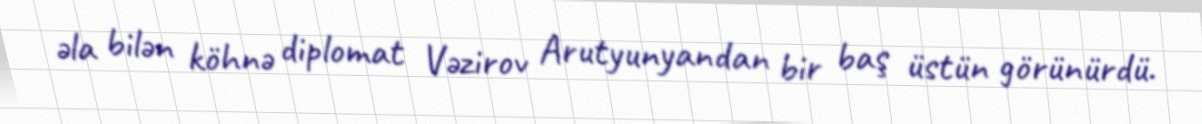
əla bilən köhnə diplomat Vəzirov Arutyunyandan bir baş üstün görünürdü.